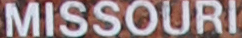
MISSOURI